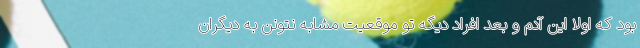
بود که اولا این آدم و بعد افراد دیگه تو موقعیت مشابه نتونن به دیگران